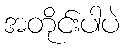
အတိုင်းပါပဲ